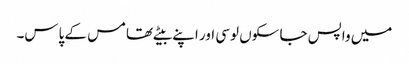
میں واپس جا سکوں لوسی اور اپنے بیٹے تھامس کے پاس۔